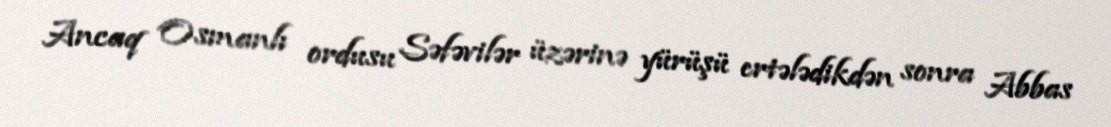
Ancaq Osmanlı ordusu Səfəvilər üzərinə yürüşü ertələdikdən sonra Abbas